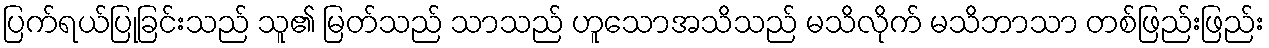
ပြက်ရယ်ပြုခြင်းသည် သူ၏ မြတ်သည် သာသည် ဟူသောအသိသည် မသိလိုက် မသိဘာသာ တစ်ဖြည်းဖြည်း